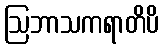
ဩဘာသကရာတိပိ